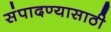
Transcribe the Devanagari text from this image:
संपादण्यासाठी